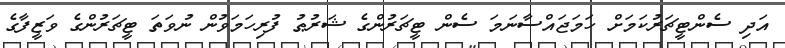
އަދި ސެންޓީޗަރުކަމަށް ހަމަޖައްސާނަމަ ސެން ޓީޗަރުންގެ ޝަރުޠު ފުރިހަމަވުން ނުވަތަ ޓީޗަރުންގެ ވަޒީފާގެ